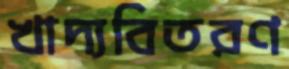
খাদ্যবিতরণ